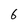
Character: 6